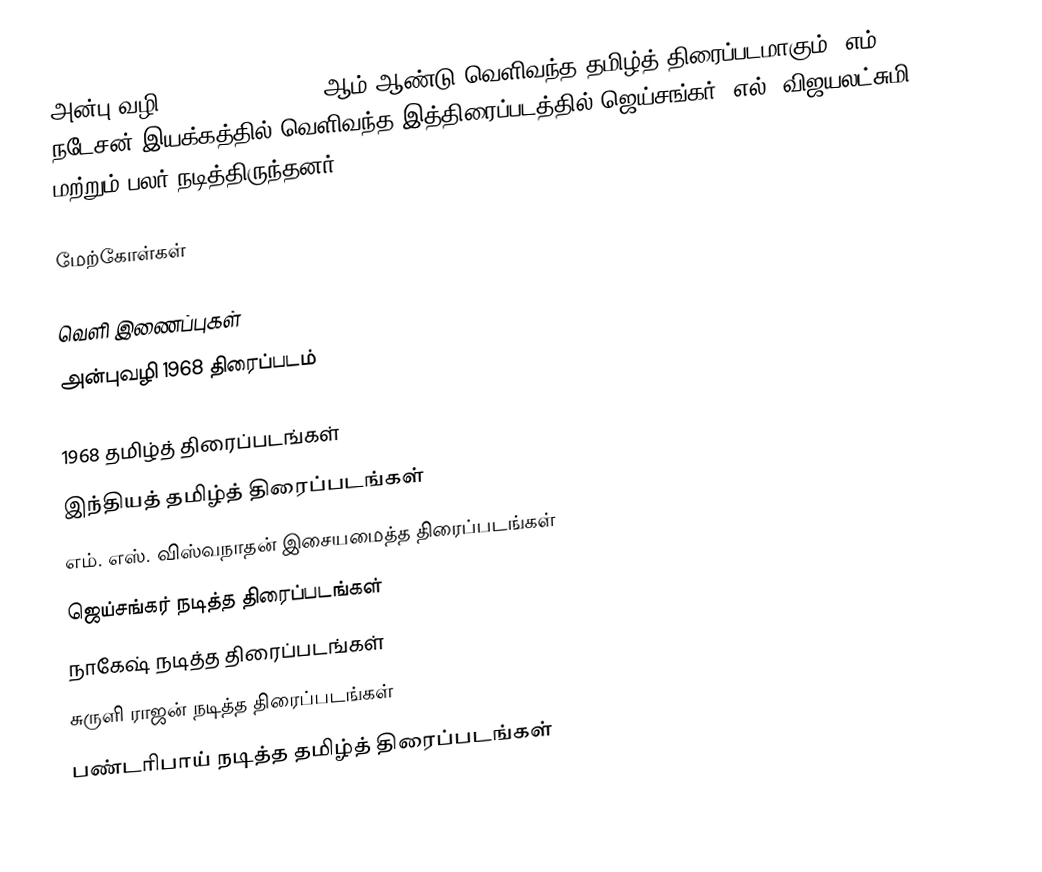
அன்பு வழி (Anbu Vazhi) 1968 ஆம் ஆண்டு வெளிவந்த தமிழ்த் திரைப்படமாகும். எம். நடேசன் இயக்கத்தில் வெளிவந்த இத்திரைப்படத்தில் ஜெய்சங்கர், எல். விஜயலட்சுமி மற்றும் பலர் நடித்திருந்தனர்.

மேற்கோள்கள்

வெளி இணைப்புகள்
 அன்புவழி 1968 திரைப்படம்

1968 தமிழ்த் திரைப்படங்கள்
இந்தியத் தமிழ்த் திரைப்படங்கள்
எம். எஸ். விஸ்வநாதன் இசையமைத்த திரைப்படங்கள்
ஜெய்சங்கர் நடித்த திரைப்படங்கள்
நாகேஷ் நடித்த திரைப்படங்கள்
சுருளி ராஜன் நடித்த திரைப்படங்கள்
பண்டரிபாய் நடித்த தமிழ்த் திரைப்படங்கள்